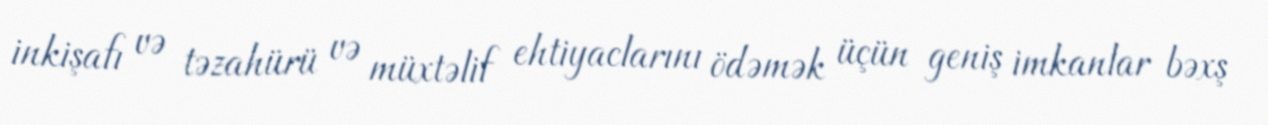
inkişafı və təzahürü və müxtəlif ehtiyaclarını ödəmək üçün geniş imkanlar bəxş